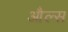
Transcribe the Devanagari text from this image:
औल्स